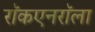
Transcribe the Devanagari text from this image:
राॅकएनराॅला